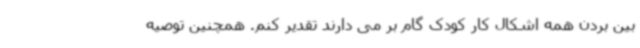
بین بردن همه اشکال کار کودک گام بر می دارند تقدیر کنم. همچنین توصیه